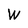
Character: W